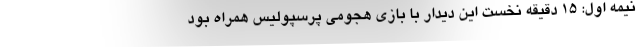
نیمه اول: ۱۵ دقیقه نخست این دیدار با بازی هجومی پرسپولیس همراه بود